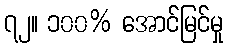
၇၂။ ၁၀၀% အောင်မြင်မှု